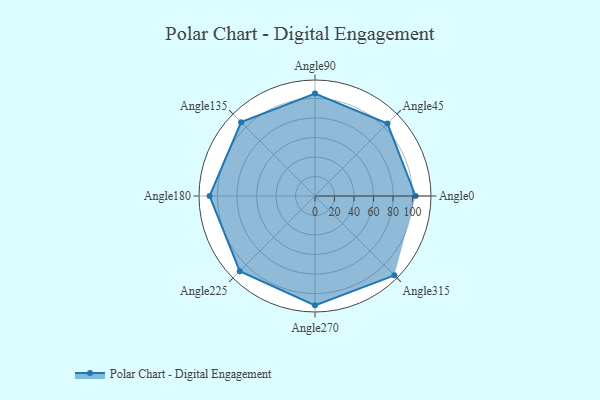
{"axis": {"x": "Angle", "y": "Radius"}, "legend": [""], "data": [{"x": "Angle0", "y": 103.0, "type": ""}, {"x": "Angle45", "y": 105.0, "type": ""}, {"x": "Angle90", "y": 105.0, "type": ""}, {"x": "Angle135", "y": 107.0, "type": ""}, {"x": "Angle180", "y": 108.0, "type": ""}, {"x": "Angle225", "y": 109.0, "type": ""}, {"x": "Angle270", "y": 112.0, "type": ""}, {"x": "Angle315", "y": 115.0, "type": ""}]}